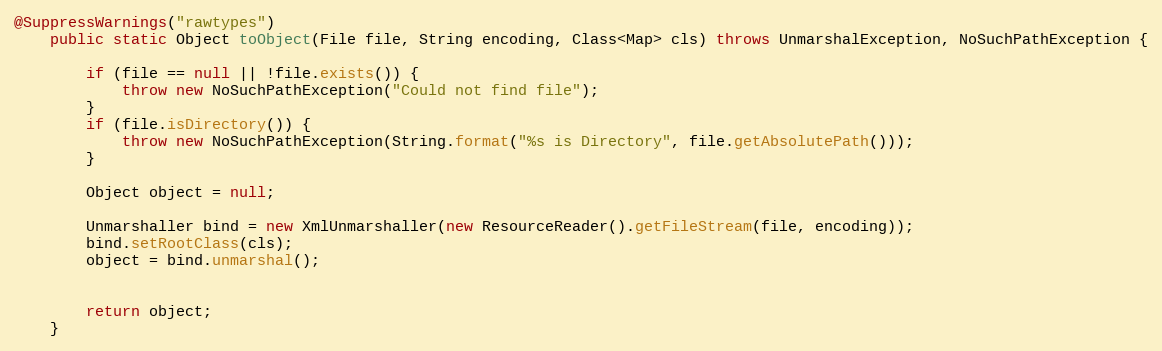
Language: Java
@SuppressWarnings("rawtypes")
	public static Object toObject(File file, String encoding, Class<Map> cls) throws UnmarshalException, NoSuchPathException {

		if (file == null || !file.exists()) {
			throw new NoSuchPathException("Could not find file");
		}
		if (file.isDirectory()) {
			throw new NoSuchPathException(String.format("%s is Directory", file.getAbsolutePath()));
		}

		Object object = null;

		Unmarshaller bind = new XmlUnmarshaller(new ResourceReader().getFileStream(file, encoding));
		bind.setRootClass(cls);
		object = bind.unmarshal();

		return object;
	}